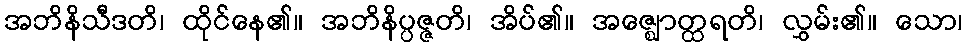
အဘိနိသီဒတိ၊ ထိုင်နေ၏။ အဘိနိပ္ပဇ္ဇတိ၊ အိပ်၏။ အဇ္ဈောတ္ထရတိ၊ လွှမ်း၏။ သော၊